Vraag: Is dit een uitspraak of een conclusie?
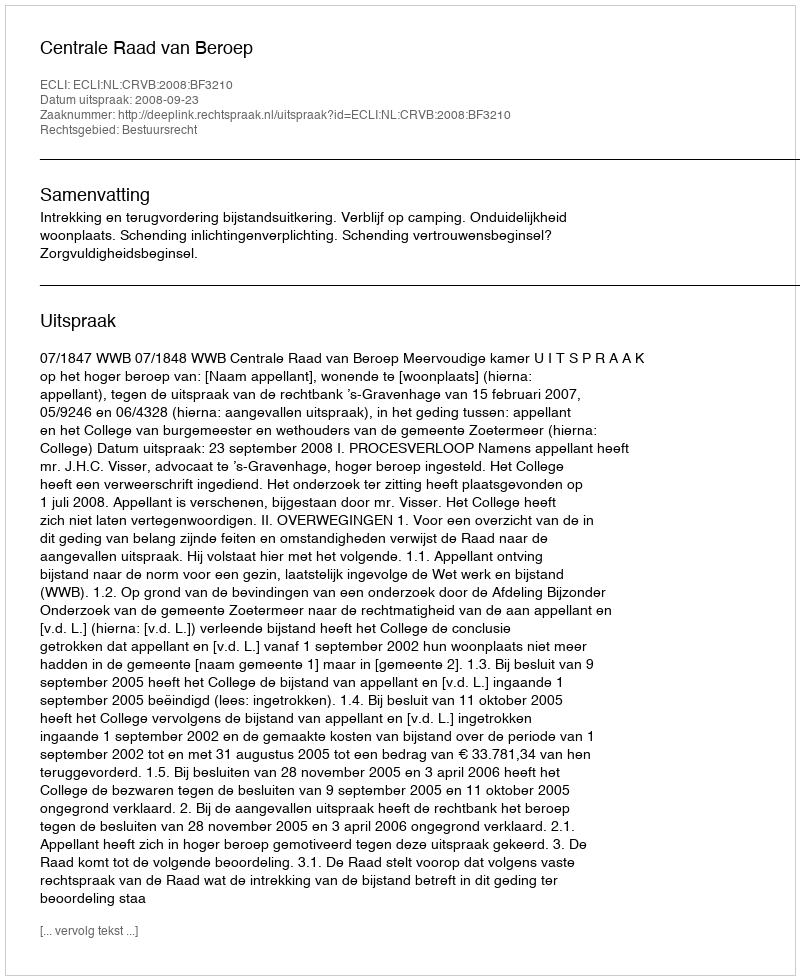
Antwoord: Uitspraak